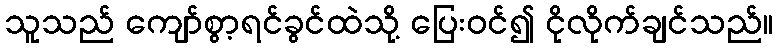
သူသည် ကျော်စွာ့ရင်ခွင်ထဲသို့ ပြေးဝင်၍ ငိုလိုက်ချင်သည်။